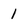
Character: 1